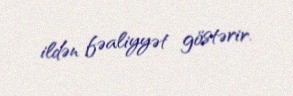
ildən fəaliyyət göstərir.